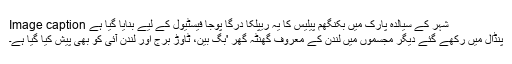
Image caption شہر کے سیالدہ پارک میں بکنگھم پیلیس کا یہ ریپلکا درگا پوجا فیسٹیول کے لیے بنایا گيا ہے
پنڈال میں رکھے گئے دیگر مجسموں میں لندن کے معروف گھنٹہ گھر 'بگ بین، ٹاوڑ برج اور لندن آئی کو بھی پیش کیا گيا ہے۔